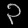
Digit: ၃